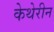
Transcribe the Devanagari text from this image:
केथेरीन